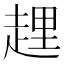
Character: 𧻲